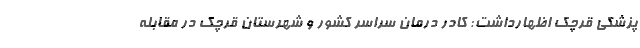
پزشکی قرچک اظهارداشت: کادر درمان سراسر کشور و شهرستان قرچک در مقابله